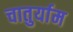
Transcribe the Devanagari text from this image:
चातुर्याम